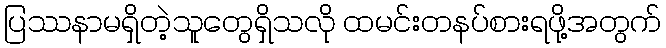
ပြဿနာမရှိတဲ့သူတွေရှိသလို ထမင်းတနပ်စားရဖို့အတွက်